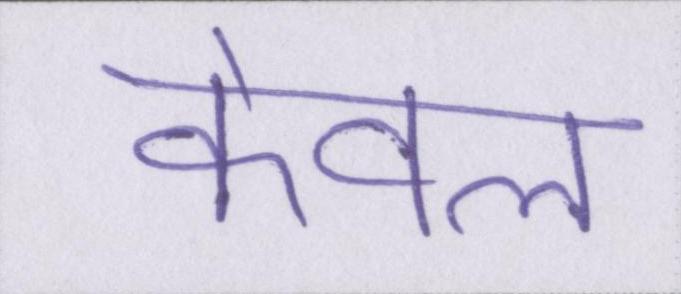
केवल